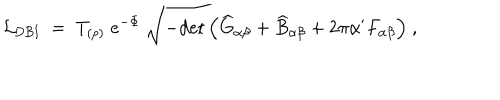
LaTeX: { \cal L } _ { \mathrm { D B I } } \; = \; T _ { ( p ) } \; e ^ { - \Phi } \; \sqrt { - \mathrm { d e t } \left( { \widehat G } _ { \alpha \beta } + { \widehat B } _ { \alpha \beta } + 2 \pi \alpha ^ { \prime } F _ { \alpha \beta } \right) } \ ,